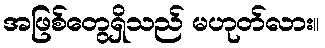
အဖြစ်တွေရှိသည် မဟုတ်လား။